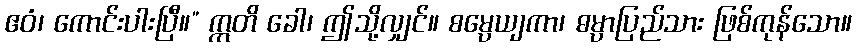
ဧဝံ၊ ကောင်းပါးပြီ။” ဣတိ ခေါ၊ ဤသို့လျှင်။ စမ္ပေယျကာ၊ ဓမ္ပာပြည်သား ဖြစ်ကုန်သော။